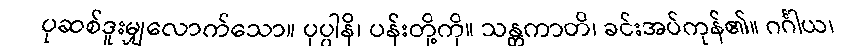
ပုဆစ်ဒူးမျှလောက်သော။ ပုပ္ပါနိ၊ ပန်းတို့ကို။ သန္တကာတိ၊ ခင်းအပ်ကုန်၏။ ဂင်္ဂါယ၊